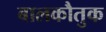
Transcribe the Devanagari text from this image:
बालकौतुक